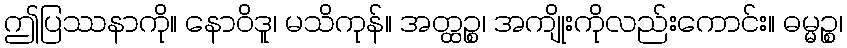
ဤပြဿနာကို။ နောဝိဒူ၊ မသိကုန်။ အတ္ထဉ္စ၊ အကျိုးကိုလည်းကောင်း။ ဓမ္မဉ္စ၊